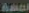
لمسة